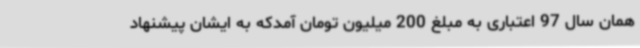
همان سال 97 اعتباری به مبلغ 200 میلیون تومان آمدکه به ایشان پیشنهاد